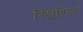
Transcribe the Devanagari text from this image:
स्प्लिण्डिल